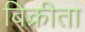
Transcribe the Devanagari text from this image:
विक्रीता